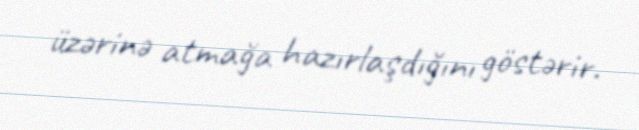
üzərinə atmağa hazırlaşdığını göstərir.